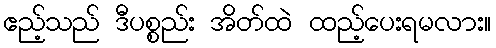
ဧည့်သည် ဒီပစ္စည်း အိတ်ထဲ ထည့်ပေးရမလား။